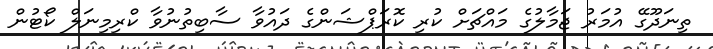
ތިނަދޫގޭ އުމަރު ޖަމާލުގެ މައްޗަށް ކުރި ކޮރަޕްޝަންގެ ދައުވާ ސާބިތުނުވާ ކްރިމިނަލް ކޯޓުން